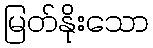
မြတ်နိုးသော